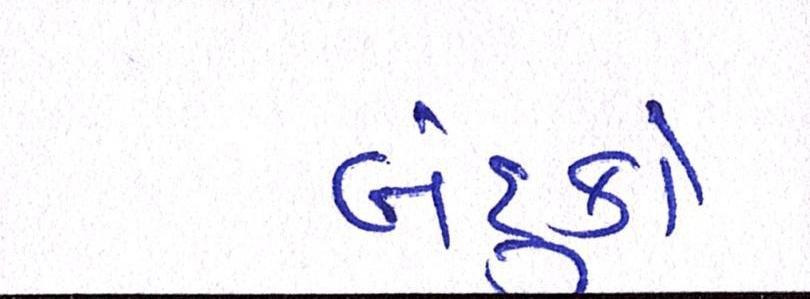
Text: બંદુકો